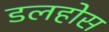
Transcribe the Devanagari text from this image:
डलहोस